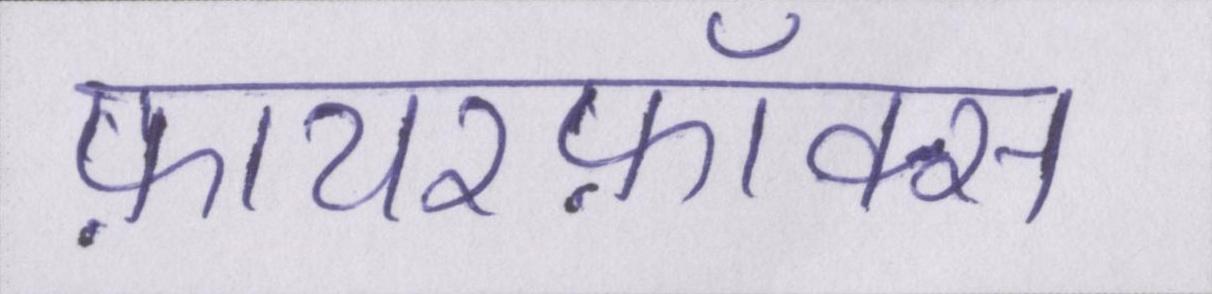
फ़ायरफ़ॉक्स